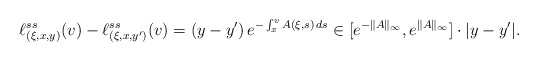
\begin{align*}\ell ^{ss} _{(\xi, x, y)} (v) - \ell ^{ss} _{(\xi, x, y')} (v) = ( y - y ' ) \, e ^{ - \int _x ^v A (\xi, s) \, d s } \in [ e ^{- \|A \| _\infty}, e ^{\| A \| _\infty} ] \cdot | y - y' | .\end{align*}